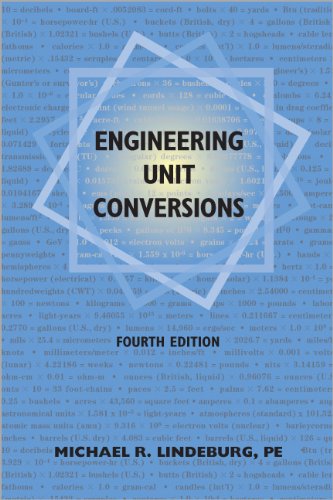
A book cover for Engineering Unit Conversions; Michael  R. Lindeburg PE; Engineering & Transportation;